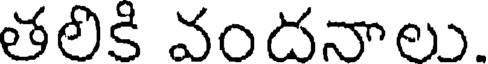
తలికి వందనాలు